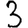
Digit: 3